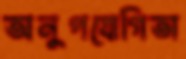
অনুপযোগিতা